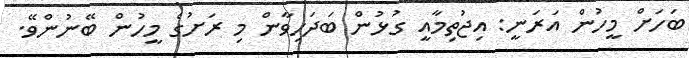
ބަހަށް މީހުން އަރަނީ: އިޖުތިމާއީ ގުޅުން ބަދަހިވާން މި ރަށުގެ މީހުން ބޭނުންވޭ.